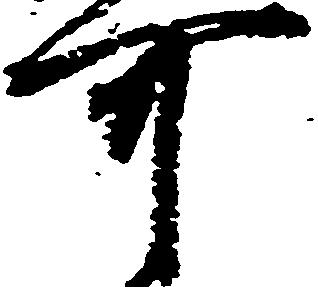
可